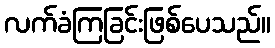
လက်ခံကြခြင်းဖြစ်ပေသည်။